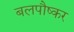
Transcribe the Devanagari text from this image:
बलपौष्कर